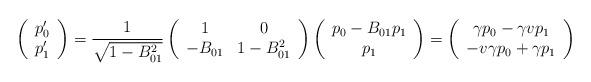
LaTeX: \begin{align*}\left(\begin{array}{c}p'_{0} \\ p'_{1}\end{array}\right)={1\over\sqrt{1-B_{01}^{2}}} \left(\begin{array}{cc}1 & 0 \\-B_{01} & 1-B_{01}^{2}\end{array}\right) \left(\begin{array}{c}p_{0}-B_{01}p_{1} \\p_{1}\end{array}\right) =\left(\begin{array}{c}\gamma p_{0}-\gamma vp_{1} \\-v\gamma p_{0}+\gamma p_{1}\end{array}\right)\end{align*}